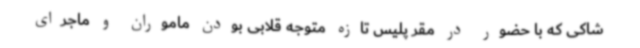
شاکی که با حضور در مقر پلیس تازه متوجه قلابی بودن ماموران و ماجرای